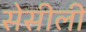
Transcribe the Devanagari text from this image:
सेसीली